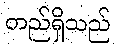
တည်ရှိသည်